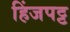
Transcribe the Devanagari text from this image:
हिंजपट्ट